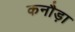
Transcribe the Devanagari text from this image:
कनौड़ा